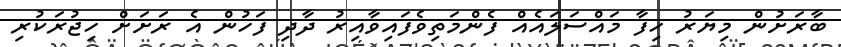
ބާރަށުން މިޔަރު ހިފާ މައްސަލައެއް ފެންމަތިވެފައިވާއިރު ދާދި ފަހުން އެ ރަށަށް ހިޖުރަކުރި